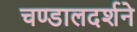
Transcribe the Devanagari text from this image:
चण्डालदर्शने